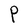
Character: P